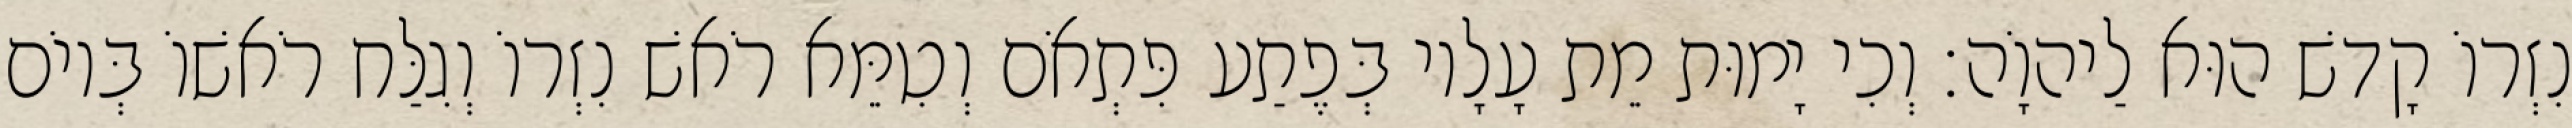
נִזְרוֹ קָדשׁ הוּא לַיהוָֹה׃ וְכִי יָמוּת מֵת עָלָיו בְּפֶתַע פִּתְאֹם וְטִמֵּא רֹאשׁ נִזְרוֹ וְגִלַּח רֹאשׁוֹ בְּיוֹם